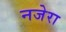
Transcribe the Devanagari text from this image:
नजेरा